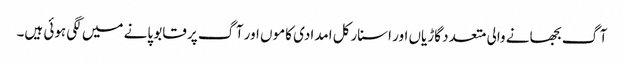
آگ بجھانے والی متعدد گاڑیاں اور اسنارکل امدادی کاموں اور آگ پر قابو پانے میں لگی ہوئی ہیں۔